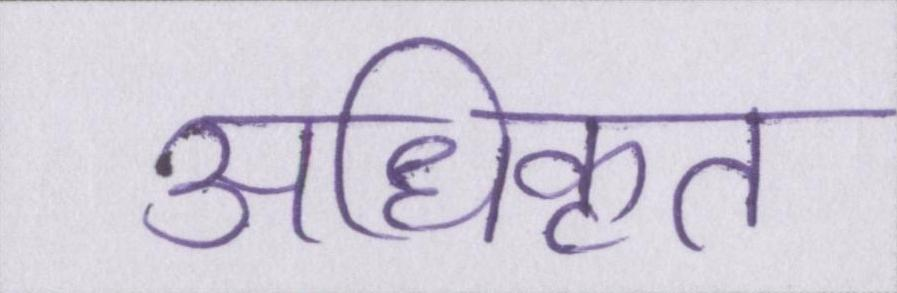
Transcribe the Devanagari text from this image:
अधिकृत